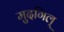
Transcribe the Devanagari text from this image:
मुदगिल्